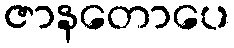
ဇာနတောပေ